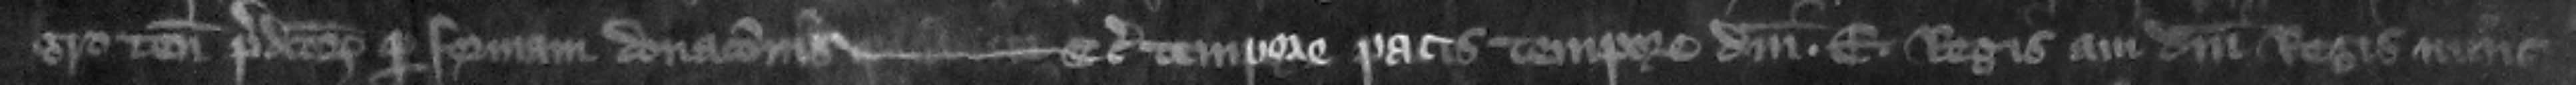
gro tenementorum predictorum per formam donacionis --- etc. tempore pacis tempore domini E. regis aui domini regis nunc